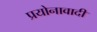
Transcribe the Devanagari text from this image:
प्रयोनावादी